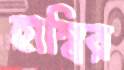
হাম্বির